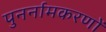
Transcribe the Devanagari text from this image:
पुनर्नामकरणों